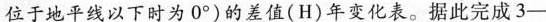
位于地平线以下时为0^{\circ})的差值(H)年变化表。据此完成3-